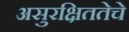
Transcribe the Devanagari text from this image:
असुरक्षिततेचे